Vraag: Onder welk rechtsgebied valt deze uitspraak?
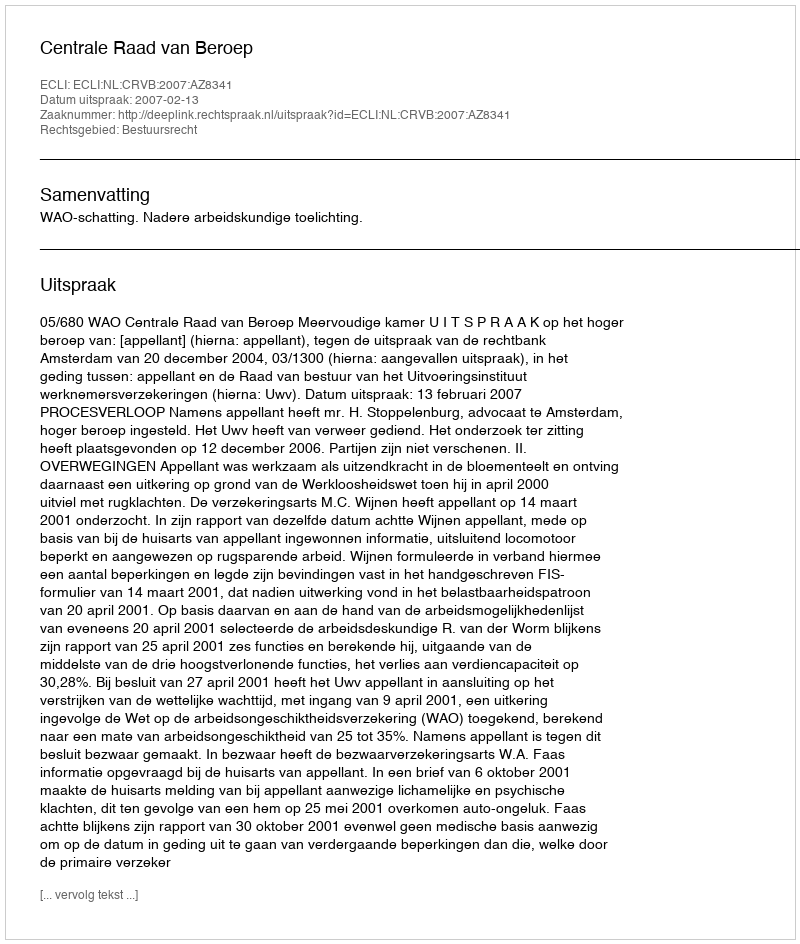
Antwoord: Bestuursrecht